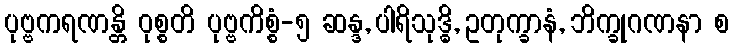
ပုဗ္ဗကရဏန္တိ ဝုစ္စတိ ပုဗ္ဗကိစ္စံ-၅ ဆန္ဒ, ပါရိသုဒ္ဓိ, ဥတုက္ခာနံ, ဘိက္ခုဂဏနာ စ